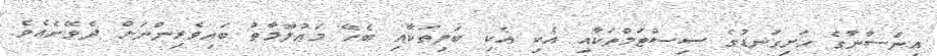
އިންސާނާގެ ހަށިގަނޑުގެ ސިސްޓަމްތަކާއި އެކި އެކި ބަލިތަކާއި ބެހޭ މަޢުލޫމާތު ބައިވެރިންނަށް ދެވޭނެއެވެ.